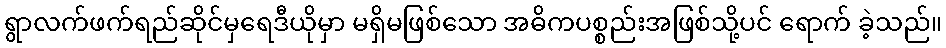
ရွာလက်ဖက်ရည်ဆိုင်မှရေဒီယိုမှာ မရှိမဖြစ်သော အဓိကပစ္စည်းအဖြစ်သို့ပင် ရောက် ခဲ့သည်။